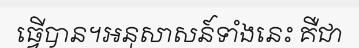
ធ្វើបាន។អនុសាសន៍ទាំងនេះ គឺជា